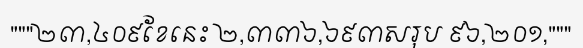
"""២៣,៤០៩ខែនេះ ២,៣៣៦,៦៩៣សរុប ៩៦,២០១,"""